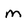
Character: M